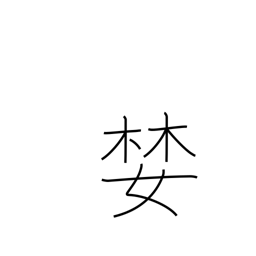
Meaning: covet